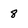
Character: 8